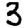
Digit: 3